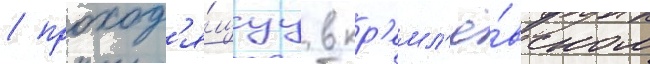
/ проход'я́щуу в кр'емл'ё́вском